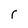
Character: 1